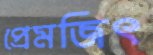
প্রেমজিৎ